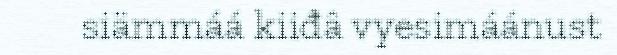
siämmáá kiiđâ vyesimáánust